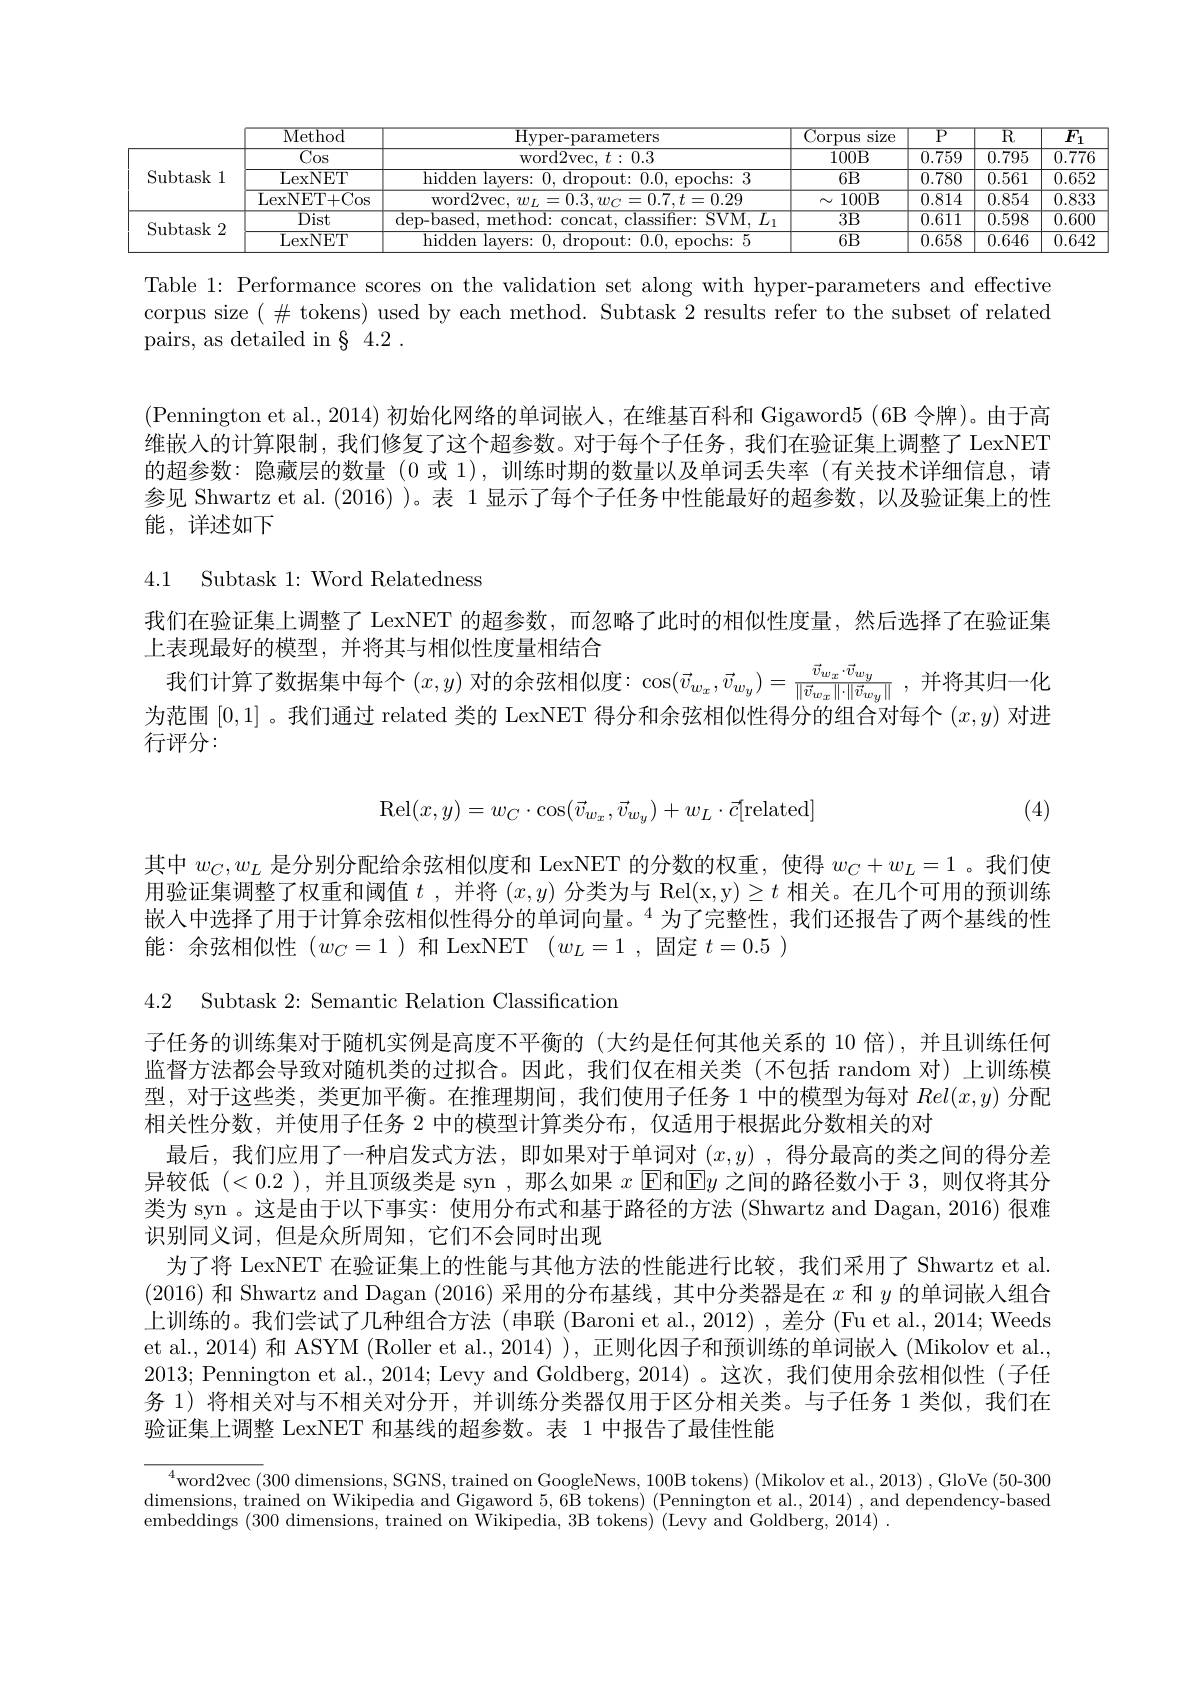
<table>
	<tbody>
		<tr>
			<th> </th>
			<th>Method</th>
			<th>$\operatorname{Hyper-parameters}$</th>
			<th>$\overline{{\mathrm{Corpus}}}$ $\overline{\mathrm{size}}$</th>
			<th>$\overline{{\mathrm{P}}}$</th>
			<th>$\overline{\mathrm{R}}$</th>
			<th>$\overline{F}$</th>
		</tr>
		<tr>
			<td rowspan="3">Subtask 1</td>
			<td>$\overline{\mathrm{Cos}}$</td>
			<td>word2vec, $t: 0. 3$</td>
			<td>100B</td>
			<td>0.759</td>
			<td>0.795</td>
			<td>$\overline{0.7^{\prime}}$</td>
		</tr>
		<tr>
			<td>LexNET</td>
			<td>hidden (1). epochs: 3 111</td>
			<td>6B</td>
			<td>0.780</td>
			<td>0.561</td>
			<td>$\overline{0.6!}$</td>
		</tr>
		<tr>
			<td>LexNET+ Cos</td>
			<td>word2vec. $0.7.t=0.29$</td>
			<td>100B $N$</td>
			<td>0.814</td>
			<td>0.854</td>
			<td>$\overline{0.8{:}}$</td>
		</tr>
		<tr>
			<td rowspan="2">Subtask :2 19 </td>
			<td>$\overline{\mathrm{Dist}}$</td>
			<td>$1er$ $VM$ hase methr </td>
			<td>$\overline{3\text{B}}$</td>
			<td>$\overline{0.611}$</td>
			<td>$\overline{0.598}$</td>
			<td>$\overline{0.6(}$</td>
		</tr>
		<tr>
			<td>LexNET</td>
			<td>hidden enochs: :5 </td>
			<td>6B</td>
			<td>0.658</td>
			<td>0.646</td>
			<td>$\overline{0.6}.$</td>
		</tr>
	</tbody>
</table>

Table 1: Performance scores on the validation set along with hyper-parameters and effective corpus size $(\#$ tokens) used by each method. Subtask 2 results refer to the subset of related pairs, as detailed in § 4.2 .

(Pennington et al., 2014) 初始化网络的单词嵌入，在维基百科和 Gigaword5 (6B 令牌)。由于高维嵌人的计算限制，我们修复了这个超参数。对于每个子任务，我们在验证集上调整了 LexNET 的超参数：隐藏层的数量 (0 或 1),训练时期的数量以及单词丢失率 (有关技术详细信息，请参见 Shwartz et al.(2016) )。表 1 显示了每个子任务中性能最好的超参数，以及验证集上的性能，详述如下

4.1 Subtask 1: Word Relatedness

我们在验证集上调整了 LexNET 的超参数，而忽略了此时的相似性度量，然后选择了在验证集
上表现最好的模型，并将其与相似性度量相结合
我们计算了数据集中每个$(x,y)$对的余弦相似度：$\cos(\vec{v}_{w_x},\vec{v}_{w_y})=\frac{\vec{v}_{w_x}\cdot\vec{v}_{w_y}}{\|\vec{v}_{w_x}\|\cdot\|\vec{v}_{w_y}\|}$,并将其归一化为范围[0,1] 。我们通过 related 类的 LexNET 得分和余弦相似性得分的组合对每个$(x,y)$对进行评分：
$$\mathrm{Rel}(x,y)=w_C\cdot\cos(\vec v_{w_x},\vec v_{w_y})+w_L\cdot\vec c[\mathrm{related}]$$
(4)

其中$w_C,w_L$是分别分配给余弦相似度和 LexNET 的分数的权重，使得$w_C+w_L=1$ 。我们使

用验证集调整了权重和阈值$t$ ,并将$(x,y)$分类为与 Rel(x,y)$\geq t$相关。在几个可用的预训练

嵌入中选择了用于计算余弦相似性得分的单词向量。$^4$为了完整性，我们还报告了两个基线的性

能：余弦相似性(wc=1)和 LexNET(w{L}=1,因定$t=0.5)$

4.2 Subtask 2: Semantic Relation Classification

子任务的训练集对于随机实例是高度不平衡的(大约是任何其他关系的 10 倍),并且训练任何监督方法都会导致对随机类的过拟合。因此，我们仅在相关类(不包括 random 对)上训练模型，对于这些类，类更加平衡。在推理期间，我们使用子任务 1 中的模型为每对$Rel(x,y)$分配相关性分数，并使用子任务 2 中的模型计算类分布，仅适用于根据此分数相关的对
最后，我们应用了一种启发式方法，即如果对于单词对$(x,y)$ ,得分最高的类之间的得分差异较低(<0.2 ),并且顶级类是 syn ,那么如果$x$ E和$|\mathbb{E}y$之间的路径数小于 3,则仅将其分类为 syn 。这是由于以下事实：使用分布式和基于路径的方法 (Shwartz and Dagan, 2016) 很难识别同义词，但是众所周知，它们不会同时出现
为了将 LexNET 在验证集上的性能与其他方法的性能进行比较，我们采用了 Shwartz et al (2016)和 Shwartz and Dagan (2016)采用的分布基线，其中分类器是在$x$和$y$的单词嵌人组合上训练的。我们尝试了几种组合方法(串联 (Baroni et al., 2012) , 差分 (Fu et al., 2014; Weeds et al., 2014) 和 ASYM (Roller et al., 2014) ), 正则化因子和预训练的单词嵌人 (Mikolov et al. 2013; Pennington et al., 2014; Levy and Goldberg, 2014)。这次，我们使用余弦相似性(子任务 1) 将相关对与不相关对分开，并训练分类器仅用于区分相关类。与子任务 1 类似，我们在验证集上调整 LexNET 和基线的超参数。表 1 中报告了最佳性能

$^{4}$word2vec (300 dimensions, SGNS, trained on GoogleNews, 100B tokens) (Mikolov et al., 2013) , GloVe (50-300 dimensions, trained on Wikipedia and Gigaword $5,6\bar{\text{B tokens}})\left(\text{Pennington et al.},2014\right)$, and dependency-based embeddings (300 dimensions, trained on Wikipedia, 3B tokens) (Levy and Goldberg, 2014) .